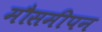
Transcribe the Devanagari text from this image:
मौसमीपन